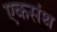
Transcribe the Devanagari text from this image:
एकसंथ